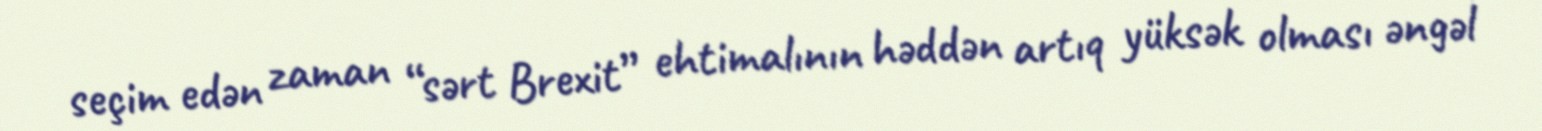
seçim edən zaman “sərt Brexit” ehtimalının həddən artıq yüksək olması əngəl